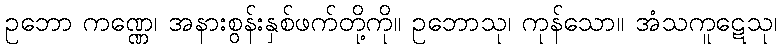
ဥဘော ကဏ္ဏေ၊ အနားစွန်းနှစ်ဖက်တို့ကို။ ဥဘောသု၊ ကုန်သော။ အံသကူဋေသု၊